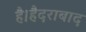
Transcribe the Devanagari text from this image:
है।हैदराबाद